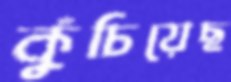
কুঁচিয়েছ